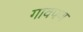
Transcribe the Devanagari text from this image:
गावपण